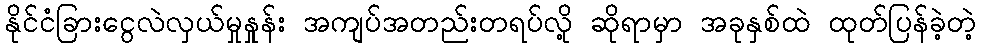
နိုင်ငံခြားငွေလဲလှယ်မှုနှုန်း အကျပ်အတည်းတရပ်လို့ ဆိုရာမှာ အခုနှစ်ထဲ ထုတ်ပြန်ခဲ့တဲ့